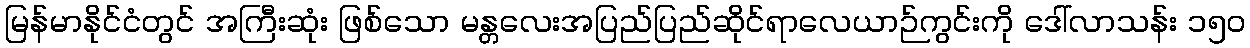
မြန်မာနိုင်ငံတွင် အကြီးဆုံး ဖြစ်သော မန္တလေးအပြည်ပြည်ဆိုင်ရာလေယာဉ်ကွင်းကို ဒေါ်လာသန်း ၁၅၀